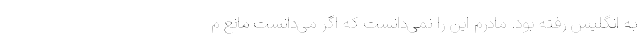
به انگلیس رفته بود. مادرم این را نمی‌دانست که اگر می‌دانست مانع م